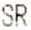
SR